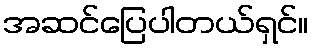
အဆင်ပြေပါတယ်ရှင်။